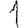
Digit: 1